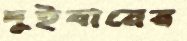
দুইবারের